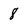
Character: 8